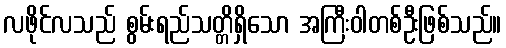
လဖိုင်လသည် စွမ်းရည်သတ္တိရှိသော အကြီးဝါတစ်ဦးဖြစ်သည်။